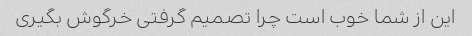
این از شما خوب است چرا تصمیم گرفتی خرگوش بگیری